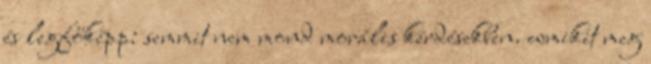
és legfőképp: semmit nem mond morális kérdésekben. wmikit meg